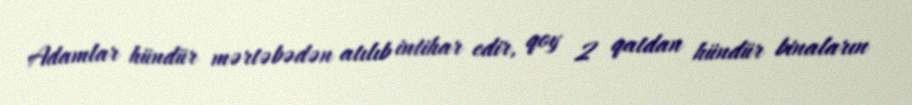
Adamlar hündür mərtəbədən atılıb intihar edir, qoy 2 qatdan hündür binaların